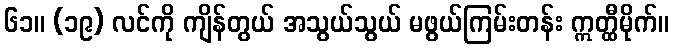
၆၁။ (၁၉) လင်ကို ကျိန်တွယ် အသွယ်သွယ် မဖွယ်ကြမ်းတန်း ဣတ္ထီမိုက်။